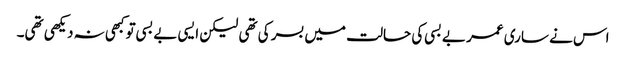
اس نے ساری عمر بے بسی کی حالت میں بسر کی تھی لیکن ایسی بے بسی تو کبھی نہ دیکھی تھی۔